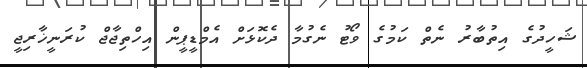
ޝަހީދުގެ އިތުބާރު ނެތް ކަމުގެ ވޯޓު ނެގުމާ ދެކޮޅަށް އެމްޑީޕީން އިހްތިޖާޖް ކުރަނީޚާރިޖީ